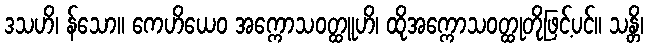
ဒသဟိ၊ န်သော။ ကေဟိယေဝ အက္ကောသဝတ္ထူဟိ၊ ထိုအက္ကောသဝတ္ထုတိုဖြင့်ပင်။ သန္တိ၊